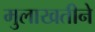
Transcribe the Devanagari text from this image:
मुलाखतीने